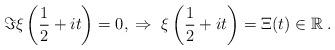
LaTeX: \begin{align*}\Im\xi\left(\frac{1}{2}+it\right) = 0,\;\Rightarrow\; \xi\left(\frac{1}{2}+it\right) = \Xi(t) \in\mathbb{R}\;.\end{align*}